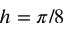
h = \pi / 8